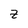
Character: z